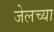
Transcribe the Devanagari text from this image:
जेलच्या